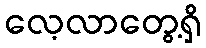
လေ့လာတွေ့ရှိ